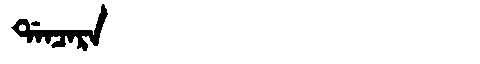
Manchu: ᡩᠠᠨᠴᠠᡵᠠ
Romanization: DANCARA